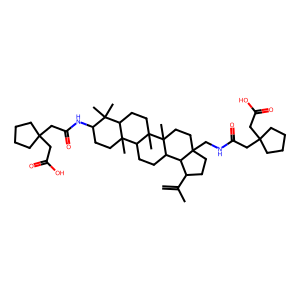
SMILES: C=C(C)C1CCC2(CNC(=O)CC3(CC(=O)O)CCCC3)CCC3(C)C(CCC4C5(C)CCC(NC(=O)CC6(CC(=O)O)CCCC6)C(C)(C)C5CCC43C)C12
Inhibits HIV replication: No